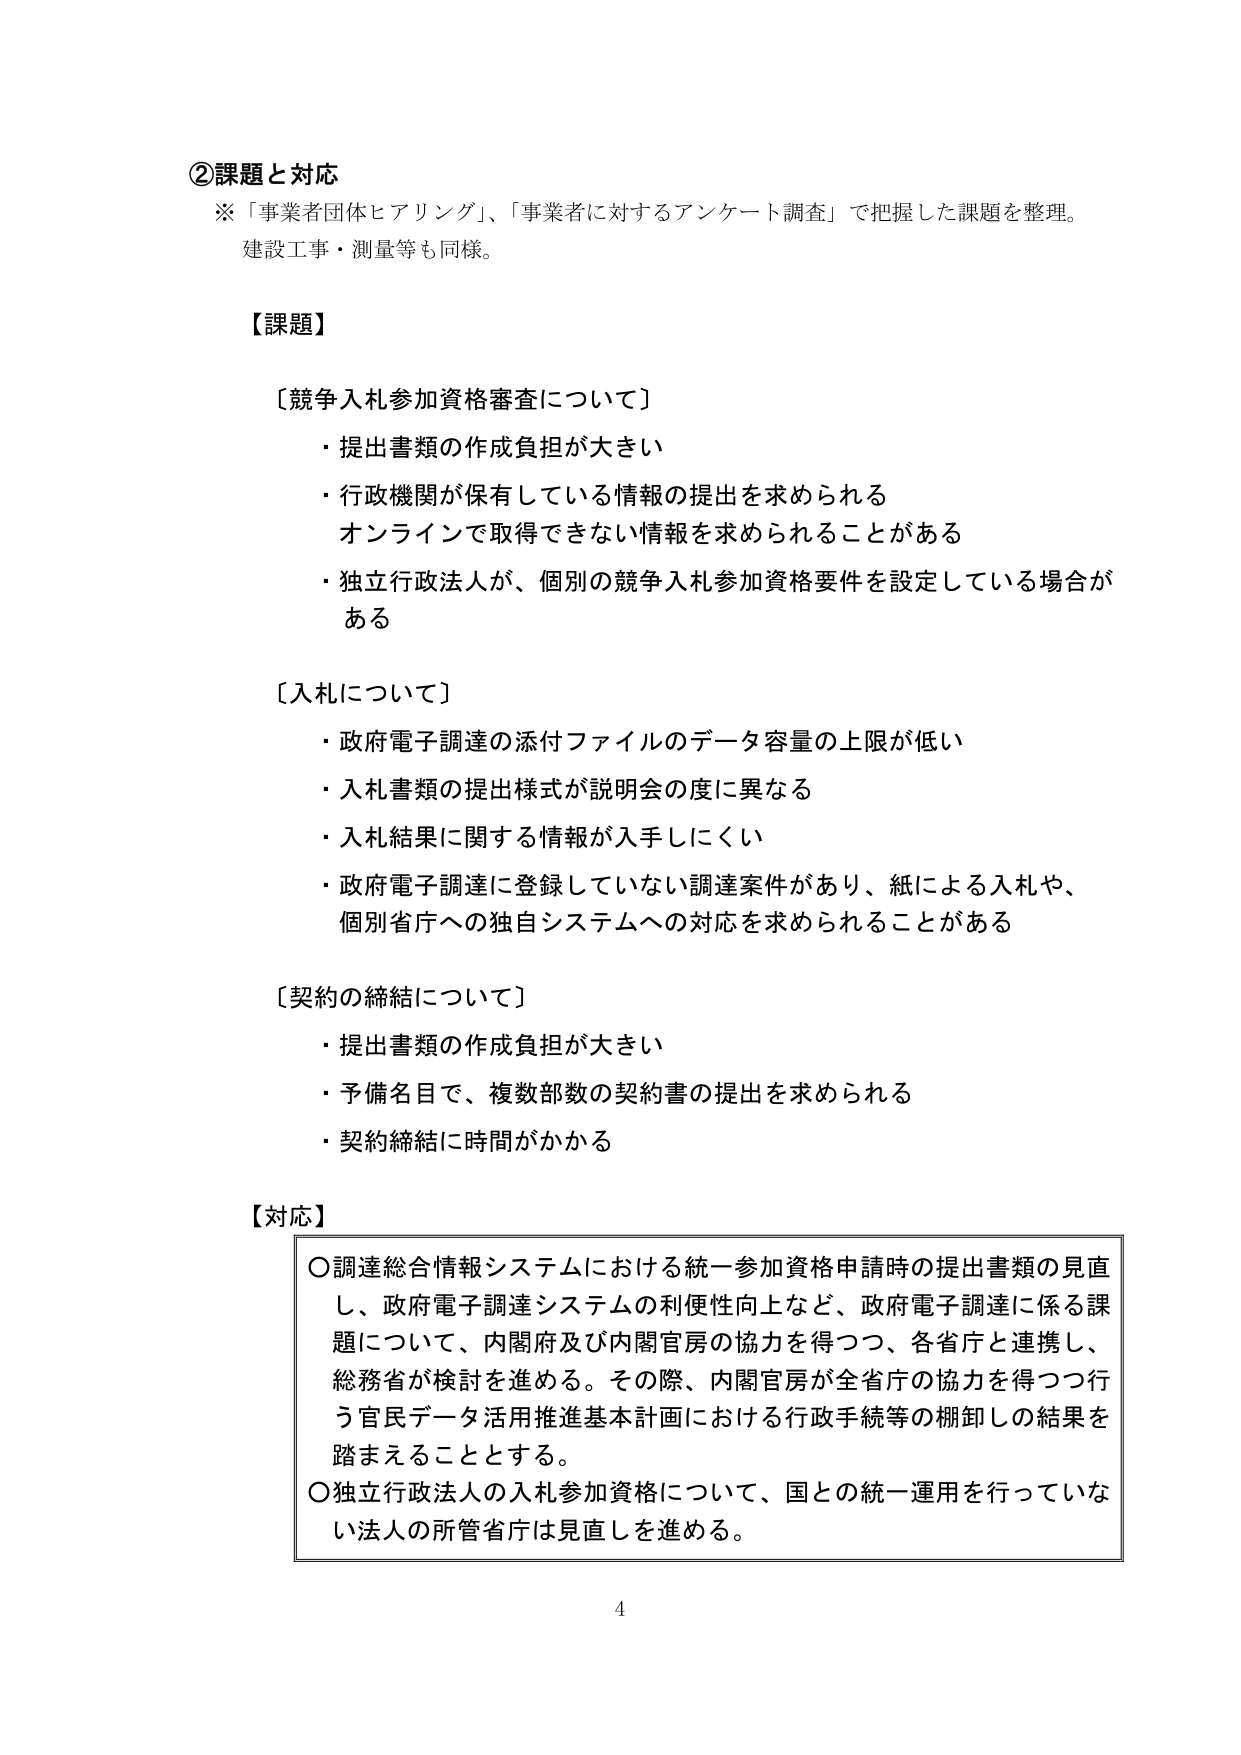
②課題と対応
※「事業者団体ヒアリング」、「事業者に対するアンケート調査」で把握した課題を整理。
建設工事・測量等も同様。

【課題】

〔競争入札参加資格審査について〕
・提出書類の作成負担が大きい
・行政機関が保有している情報の提出を求められる
　オンラインで取得できない情報を求められることがある
・独立行政法人が、個別の競争入札参加資格要件を設定している場合がある

〔入札について〕
・政府電子調達の添付ファイルのデータ容量の上限が低い
・入札書類の提出様式が説明会の度に異なる
・入札結果に関する情報が入手しにくい
・政府電子調達に登録していない調達案件があり、紙による入札や、
　個別省庁への独自システムへの対応を求められることがある

〔契約の締結について〕
・提出書類の作成負担が大きい
・予備名目で、複数部数の契約書の提出を求められる
・契約締結に時間がかかる

【対応】
○調達総合情報システムにおける統一参加資格申請時の提出書類の見直し、政府電子調達システムの利便性向上など、政府電子調達に係る課題について、内閣府及び内閣官房の協力を得つつ、各省庁と連携し、総務省が検討を進める。その際、内閣官房が全省庁の協力を得つつ行う官民データ活用推進基本計画における行政手続等の棚卸しの結果を踏まえることとする。
○独立行政法人の入札参加資格について、国との統一運用を行っていない法人の所管省庁は見直しを進める。

4